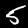
Digit: 5